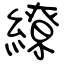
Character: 繚